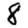
Digit: 8